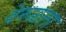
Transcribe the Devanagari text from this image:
वेरुळला